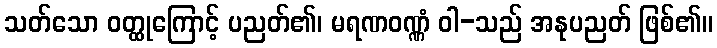
သတ်သော ဝတ္ထုကြောင့် ပညတ်၏၊ မရဏဝဏ္ဏံ ဝါ-သည် အနုပညတ် ဖြစ်၏။